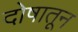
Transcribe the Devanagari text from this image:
दोषातून